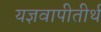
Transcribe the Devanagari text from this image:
यज्ञवापीतीर्थ